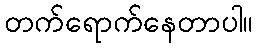
တက်ရောက်နေတာပါ။